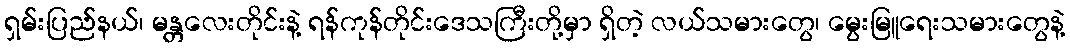
ရှမ်းပြည်နယ်၊ မန္တလေးတိုင်းနဲ့ ရန်ကုန်တိုင်းဒေသကြီးတို့မှာ ရှိတဲ့ လယ်သမားတွေ၊ မွေးမြူရေးသမားတွေနဲ့